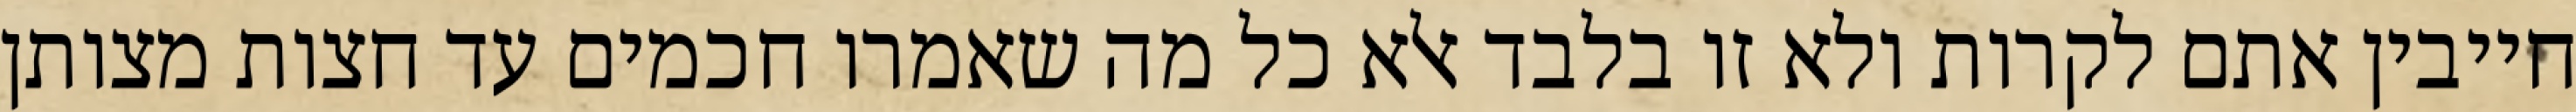
חייבין אתם לקרות ולא זו בלבד אלא כל מה שאמרו חכמים עד חצות מצותן